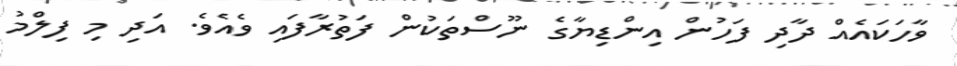
ވާހަކައެއް ދާދި ފަހުން އިންޑިޔާގެ ނޫސްތަކުން ފަތުރާފައި ވެއެވެ. އަދި މި ފިލްމު